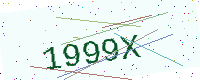
Text: 1999X